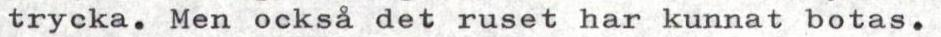
trycka. Men också det ruset har kunnat botas.